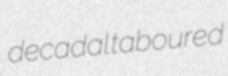
decadal taboured